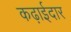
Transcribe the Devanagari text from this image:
कढ़ाईदार